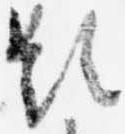
題